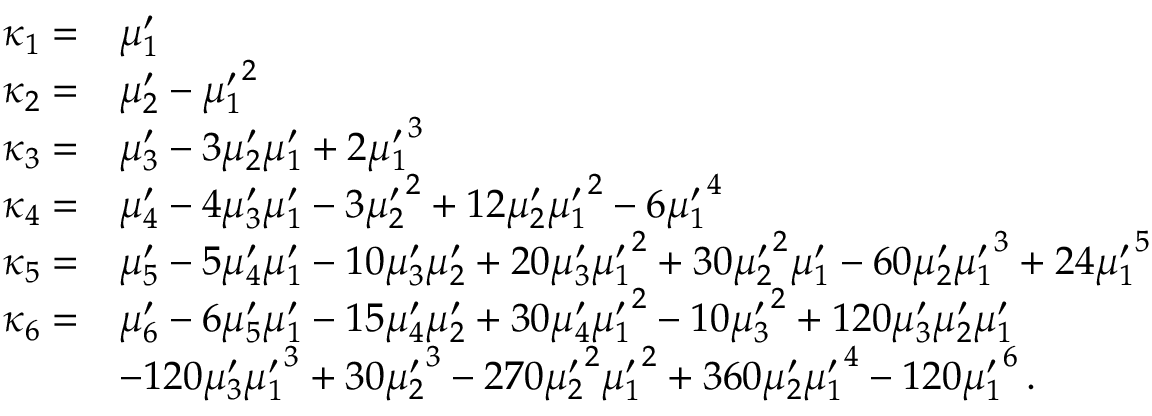
{ \begin{array} { r l } { \kappa _ { 1 } = } & { \mu _ { 1 } ^ { \prime } } \\ { \kappa _ { 2 } = } & { \mu _ { 2 } ^ { \prime } - { \mu _ { 1 } ^ { \prime } } ^ { 2 } } \\ { \kappa _ { 3 } = } & { \mu _ { 3 } ^ { \prime } - 3 \mu _ { 2 } ^ { \prime } \mu _ { 1 } ^ { \prime } + 2 { \mu _ { 1 } ^ { \prime } } ^ { 3 } } \\ { \kappa _ { 4 } = } & { \mu _ { 4 } ^ { \prime } - 4 \mu _ { 3 } ^ { \prime } \mu _ { 1 } ^ { \prime } - 3 { \mu _ { 2 } ^ { \prime } } ^ { 2 } + 1 2 \mu _ { 2 } ^ { \prime } { \mu _ { 1 } ^ { \prime } } ^ { 2 } - 6 { \mu _ { 1 } ^ { \prime } } ^ { 4 } } \\ { \kappa _ { 5 } = } & { \mu _ { 5 } ^ { \prime } - 5 \mu _ { 4 } ^ { \prime } \mu _ { 1 } ^ { \prime } - 1 0 \mu _ { 3 } ^ { \prime } \mu _ { 2 } ^ { \prime } + 2 0 \mu _ { 3 } ^ { \prime } { \mu _ { 1 } ^ { \prime } } ^ { 2 } + 3 0 { \mu _ { 2 } ^ { \prime } } ^ { 2 } \mu _ { 1 } ^ { \prime } - 6 0 \mu _ { 2 } ^ { \prime } { \mu _ { 1 } ^ { \prime } } ^ { 3 } + 2 4 { \mu _ { 1 } ^ { \prime } } ^ { 5 } } \\ { \kappa _ { 6 } = } & { \mu _ { 6 } ^ { \prime } - 6 \mu _ { 5 } ^ { \prime } \mu _ { 1 } ^ { \prime } - 1 5 \mu _ { 4 } ^ { \prime } \mu _ { 2 } ^ { \prime } + 3 0 \mu _ { 4 } ^ { \prime } { \mu _ { 1 } ^ { \prime } } ^ { 2 } - 1 0 { \mu _ { 3 } ^ { \prime } } ^ { 2 } + 1 2 0 \mu _ { 3 } ^ { \prime } \mu _ { 2 } ^ { \prime } \mu _ { 1 } ^ { \prime } } \\ & { - 1 2 0 \mu _ { 3 } ^ { \prime } { \mu _ { 1 } ^ { \prime } } ^ { 3 } + 3 0 { \mu _ { 2 } ^ { \prime } } ^ { 3 } - 2 7 0 { \mu _ { 2 } ^ { \prime } } ^ { 2 } { \mu _ { 1 } ^ { \prime } } ^ { 2 } + 3 6 0 \mu _ { 2 } ^ { \prime } { \mu _ { 1 } ^ { \prime } } ^ { 4 } - 1 2 0 { \mu _ { 1 } ^ { \prime } } ^ { 6 } \, . } \end{array} }